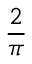
\frac { 2 } { \pi }